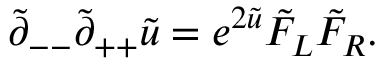
\tilde { \partial } _ { -- } \tilde { \partial } _ { + + } \tilde { u } = e ^ { 2 \tilde { u } } \tilde { F } _ { L } \tilde { F } _ { R } .